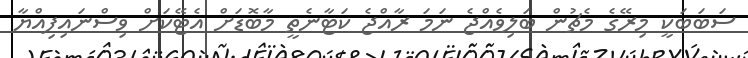
ސަބަބަކީ މިރޭގެ މެޗުން ބަލިވެއްޖެ ނަމަ ރާއްޖެ ކަޓާނެތީ މާބޮޑަށް އެޓޭކަށް ވިސްނައިފިއްޔާ